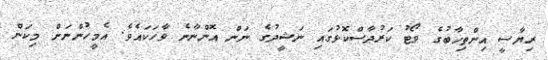
ރިޔާސީ އިންތިޚާބުގެ ވޯޓު ކަރުދާސްކޮޅުގައި ނަޝީދުގެ ނަން އޮންނާނެ ވާހަކައެވެ. އެމީހުންނަށް މިކަން